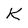
Character: K